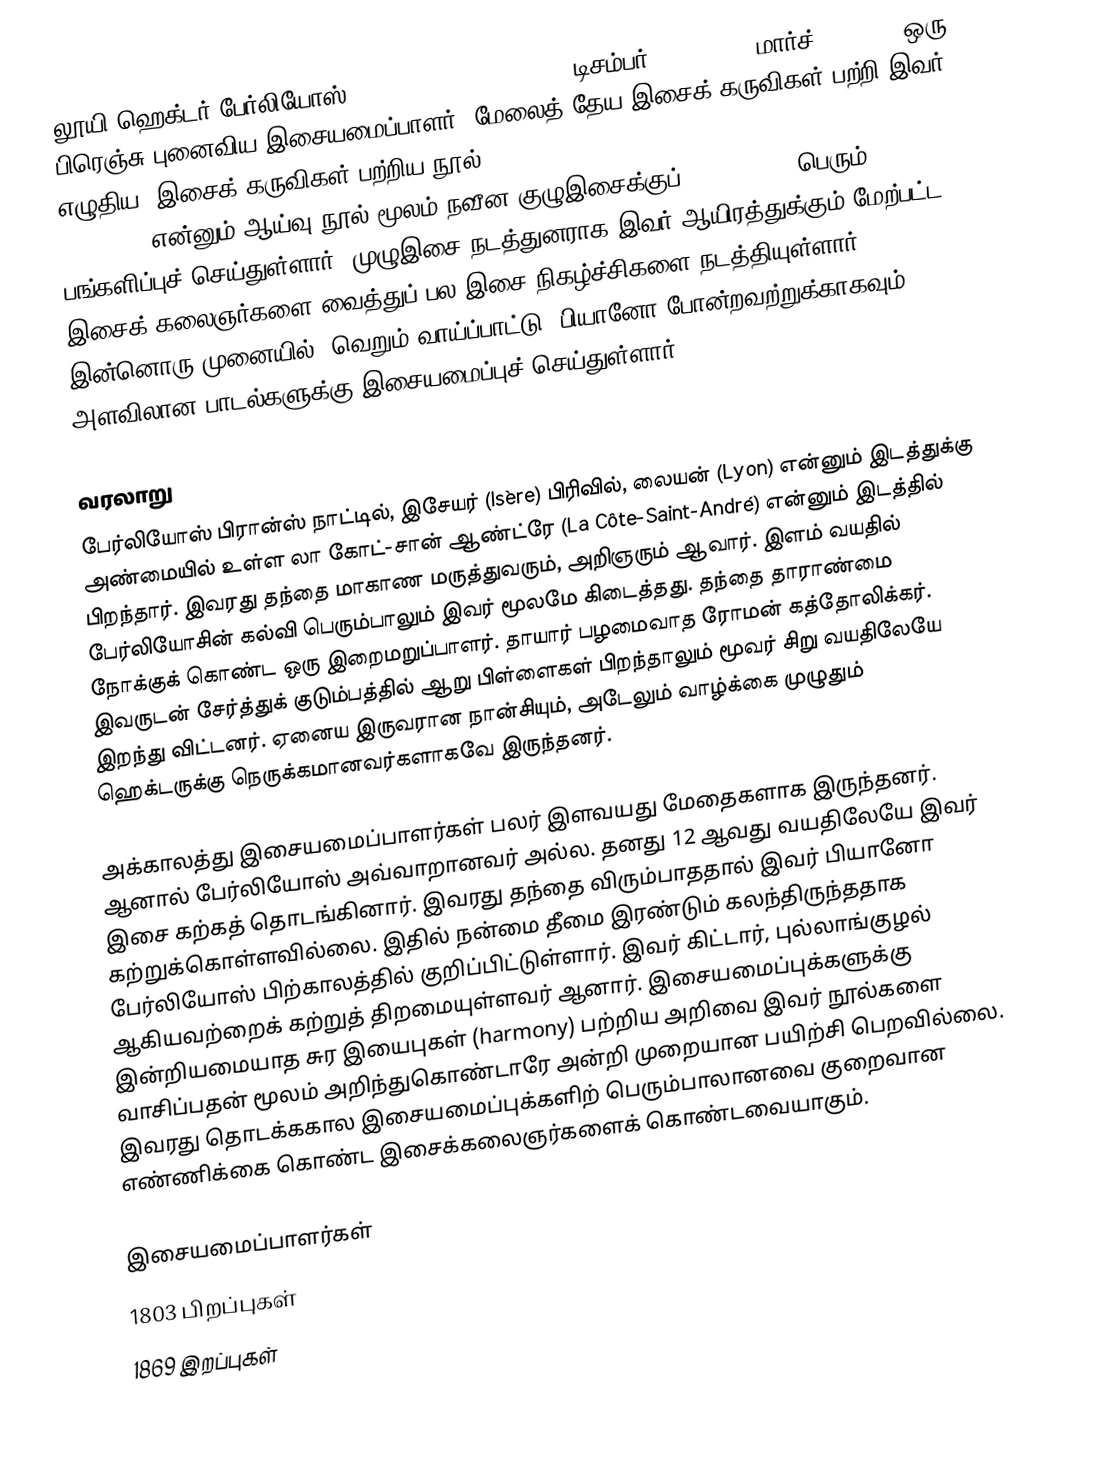
லூயி ஹெக்டர் பேர்லியோஸ் (Louis Hector Berlioz - டிசம்பர் 11, 1803 – மார்ச் 8, 1869) ஒரு பிரெஞ்சு புனைவிய இசையமைப்பாளர். மேலைத் தேய இசைக் கருவிகள் பற்றி இவர் எழுதிய "இசைக் கருவிகள் பற்றிய நூல்" (Grand Traité d’Instrumentation et d’Orchestration Modernes) என்னும் ஆய்வு நூல் மூலம் நவீன குழுஇசைக்குப் (orchestra) பெரும் பங்களிப்புச் செய்துள்ளார். முழுஇசை நடத்துனராக இவர் ஆயிரத்துக்கும் மேற்பட்ட இசைக் கலைஞர்களை வைத்துப் பல இசை நிகழ்ச்சிகளை நடத்தியுள்ளார். இன்னொரு முனையில், வெறும் வாய்ப்பாட்டு, பியானோ போன்றவற்றுக்காகவும் 50 அளவிலான பாடல்களுக்கு இசையமைப்புச் செய்துள்ளார்.

வரலாறு
பேர்லியோஸ் பிரான்ஸ் நாட்டில், இசேயர் (Isère) பிரிவில், லையன் (Lyon) என்னும் இடத்துக்கு அண்மையில் உள்ள லா கோட்-சான் ஆண்ட்ரே (La Côte-Saint-André) என்னும் இடத்தில் பிறந்தார். இவரது தந்தை மாகாண மருத்துவரும், அறிஞரும் ஆவார். இளம் வயதில் பேர்லியோசின் கல்வி பெரும்பாலும் இவர் மூலமே கிடைத்தது. தந்தை தாராண்மை நோக்குக் கொண்ட ஒரு இறைமறுப்பாளர். தாயார் பழமைவாத ரோமன் கத்தோலிக்கர். இவருடன் சேர்த்துக் குடும்பத்தில் ஆறு பிள்ளைகள் பிறந்தாலும் மூவர் சிறு வயதிலேயே இறந்து விட்டனர். ஏனைய இருவரான நான்சியும், அடேலும் வாழ்க்கை முழுதும் ஹெக்டருக்கு நெருக்கமானவர்களாகவே இருந்தனர்.

அக்காலத்து இசையமைப்பாளர்கள் பலர் இளவயது மேதைகளாக இருந்தனர். ஆனால் பேர்லியோஸ் அவ்வாறானவர் அல்ல. தனது 12 ஆவது வயதிலேயே இவர் இசை கற்கத் தொடங்கினார். இவரது தந்தை விரும்பாததால் இவர் பியானோ கற்றுக்கொள்ளவில்லை. இதில் நன்மை தீமை இரண்டும் கலந்திருந்ததாக பேர்லியோஸ் பிற்காலத்தில் குறிப்பிட்டுள்ளார். இவர் கிட்டார், புல்லாங்குழல் ஆகியவற்றைக் கற்றுத் திறமையுள்ளவர் ஆனார். இசையமைப்புக்களுக்கு இன்றியமையாத சுர இயைபுகள் (harmony) பற்றிய அறிவை இவர் நூல்களை வாசிப்பதன் மூலம் அறிந்துகொண்டாரே அன்றி முறையான பயிற்சி பெறவில்லை. இவரது தொடக்ககால இசையமைப்புக்களிற் பெரும்பாலானவை குறைவான எண்ணிக்கை கொண்ட இசைக்கலைஞர்களைக் கொண்டவையாகும்.

இசையமைப்பாளர்கள்
1803 பிறப்புகள்
1869 இறப்புகள்